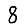
Digit: 8